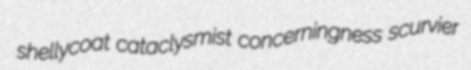
shellycoat cataclysmist concerningness scurvier